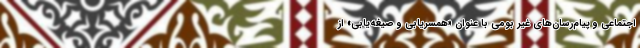
اجتماعی و پیام‌رسان‌های غیر بومی با عنوان «همسریابی و صیغه‌یابی» از